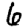
Digit: 6